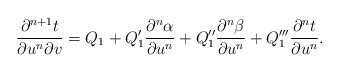
\begin{align*} \frac{\partial^{n+1}t}{\partial u^n\partial v}=Q_1+Q_1'\frac{\partial^n\alpha}{\partial u^n}+Q_1''\frac{\partial^n\beta}{\partial u^n}+Q_1'''\frac{\partial^n t}{\partial u^n}.\end{align*}